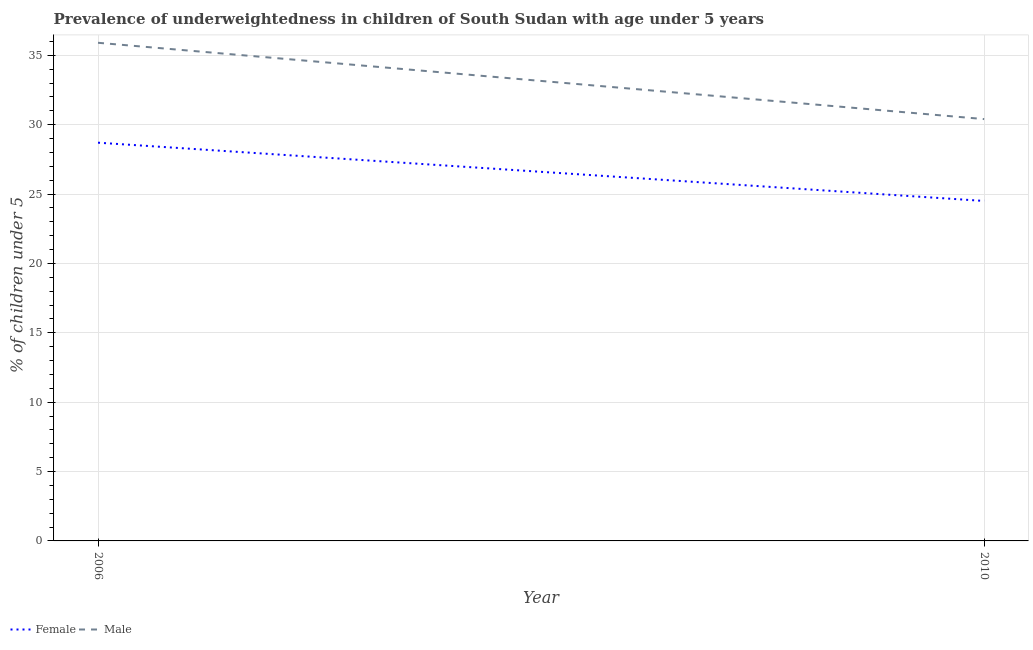
| Year | Female | Male |
 | --- | --- | --- |
 | 2006 | 28.7 | 35.9 |
 | 2010 | 24.5 | 30.4 |